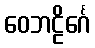
ဝေဘဠိင်္ဂေ